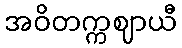
အဝိတက္ကဈာယီ